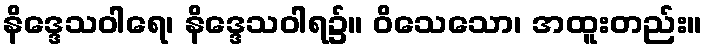
နိဒ္ဒေသဝါရေ၊ နိဒ္ဒေသဝါရ၌။ ဝိသေသော၊ အထူးတည်း။